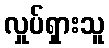
လှုပ်ရှားသူ